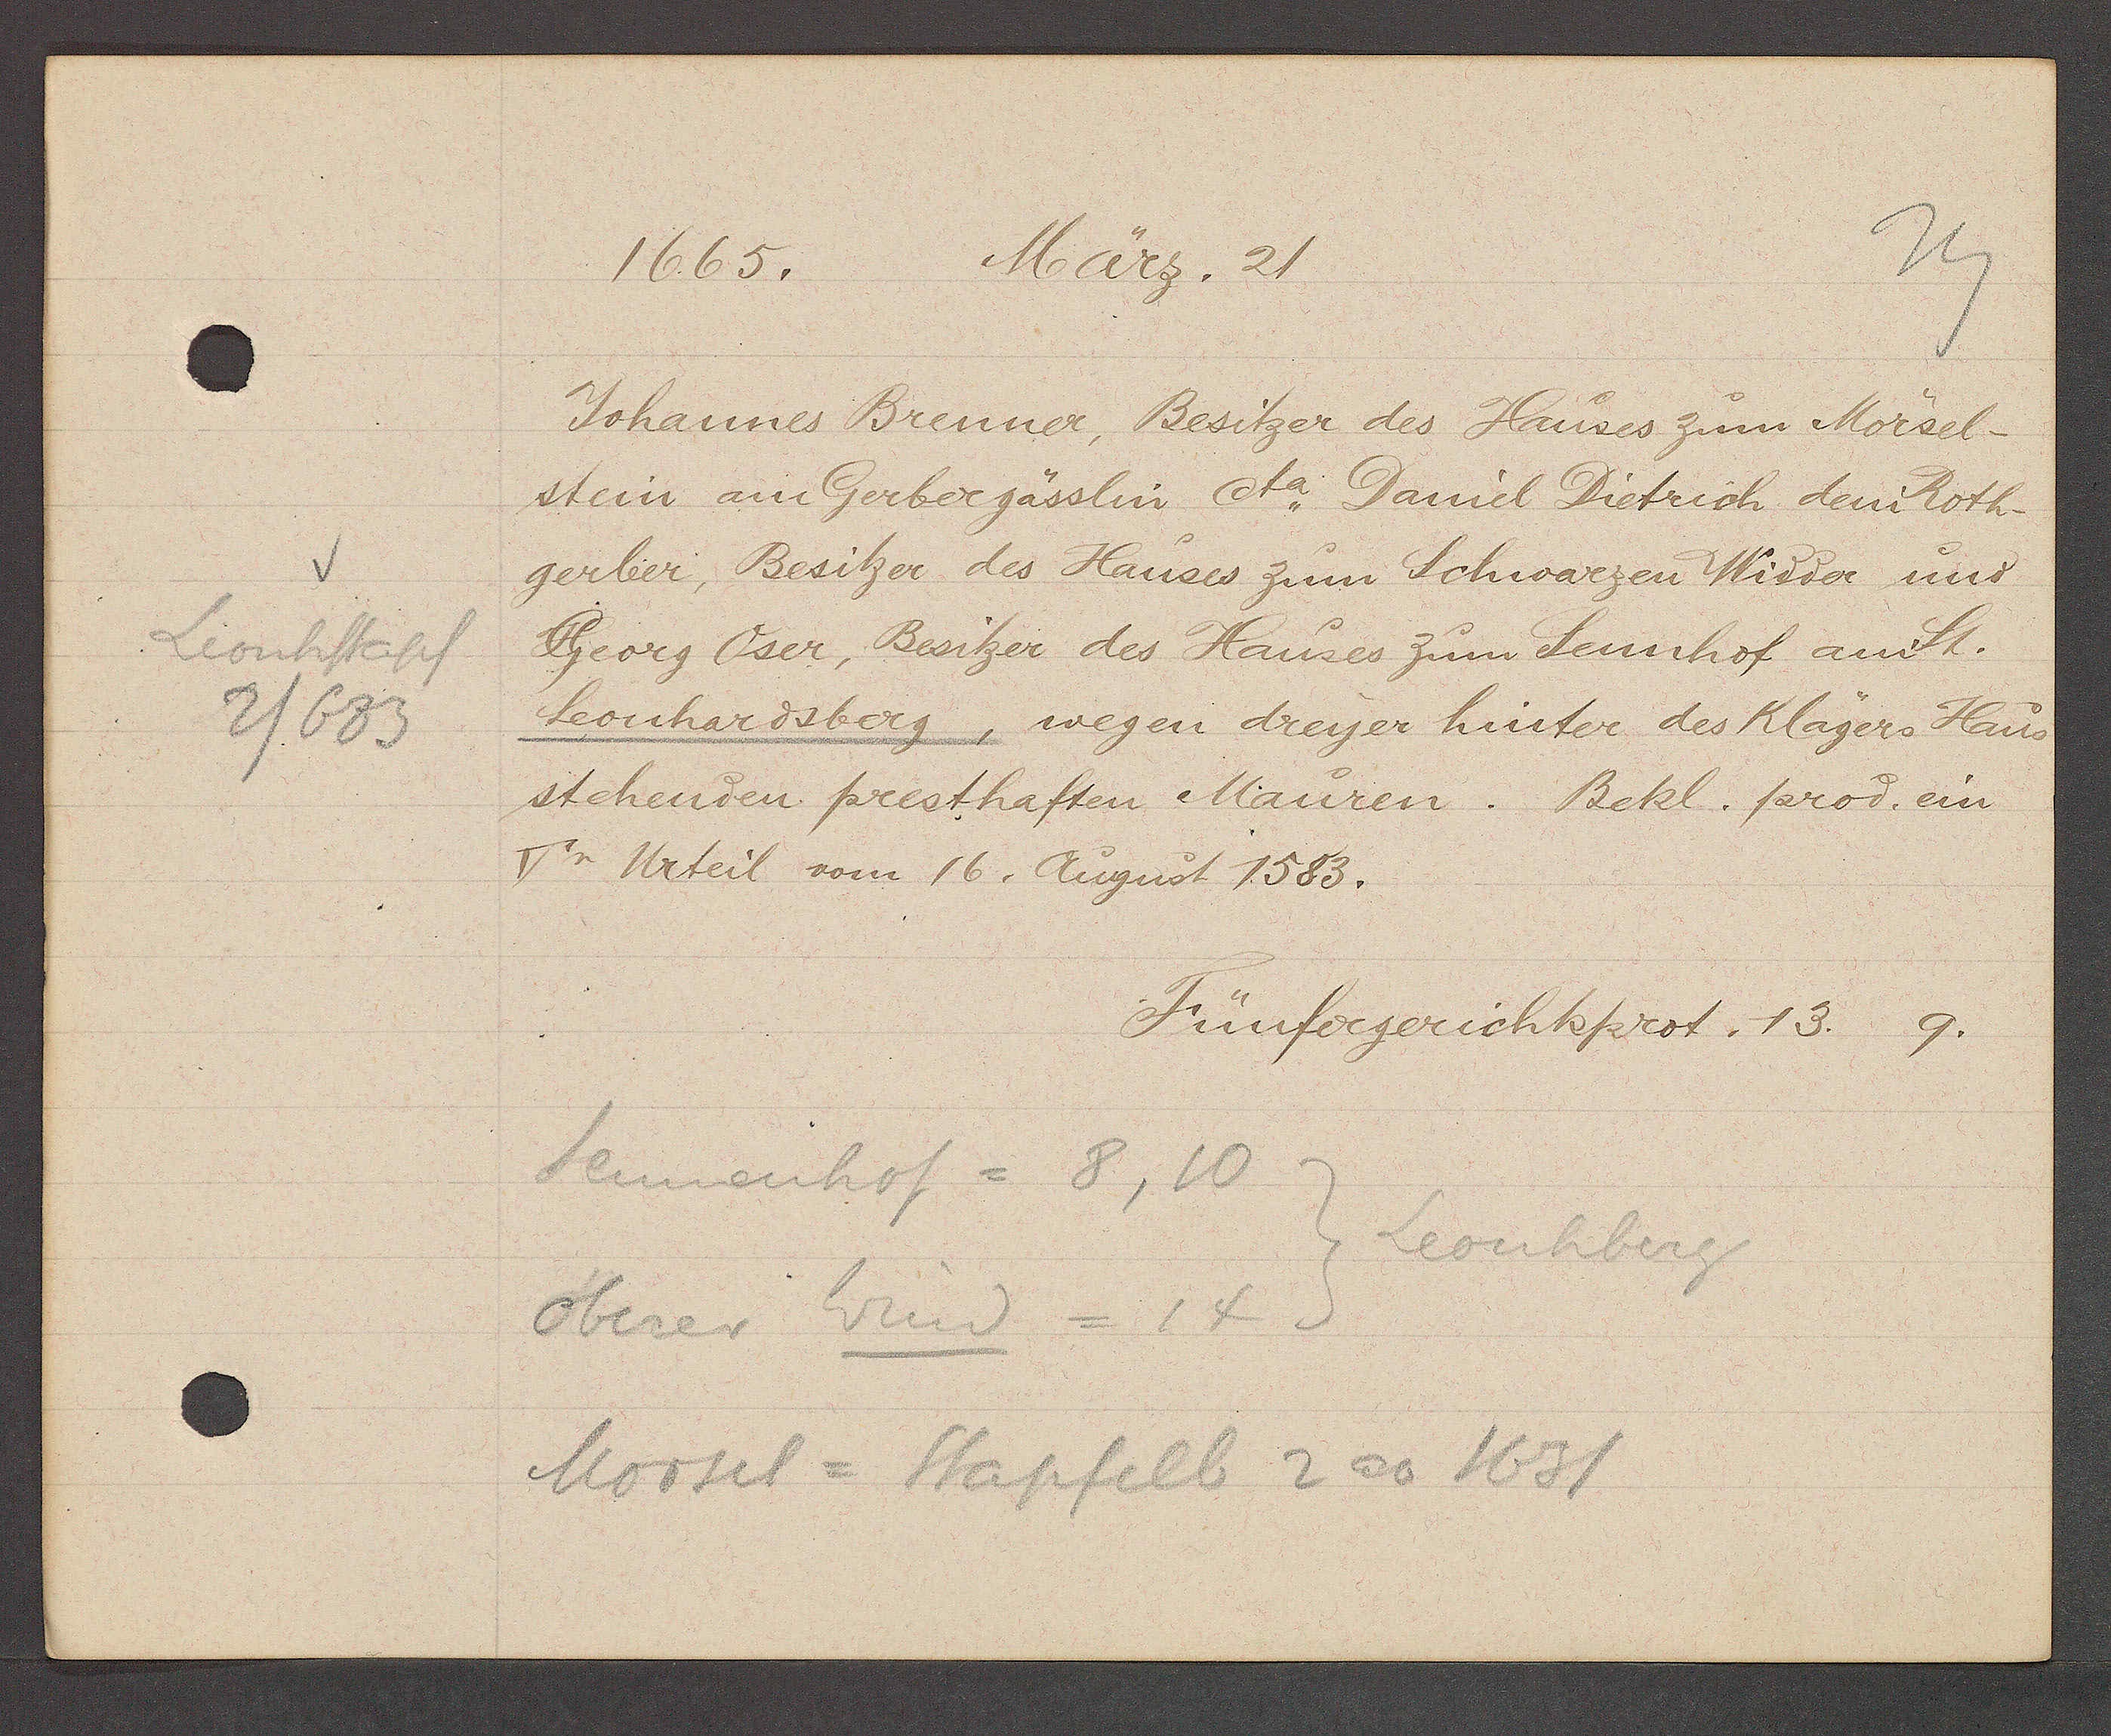
Transcript:
v
Leonhstapf
2/683

Marz. 21
1665.

Johannes Brenner, Besitzer des Hauses zum Mörsel¬
stein am Gerbergässlin cta. Daniel Dietrich dem Roth¬
gerber, Besitzer des Hauses zum Schwarzen Widder und
Georg Oser, Besitzer des Hauses zum Sennhof am St.
Leonhardsberg, wegen dreyer hinter des Klägers Haus
stehenden presthaften Mauren. Bekl. farod ein
Vr Urteil vom 16. August 1583.

Fünfergerichtsprot. 13. 9.

Sennenhof = 8, 10
Leonhberg
Oberer Wind = 14
Morsel = Stapfelb 2 ao 1631